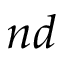
n d